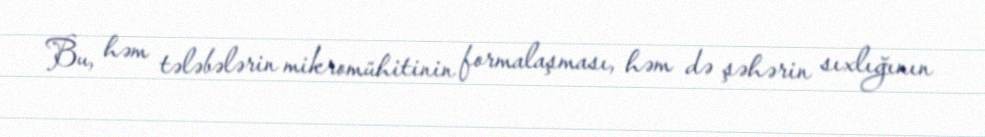
Bu, həm tələbələrin mikromühitinin formalaşması, həm də şəhərin sıxlığının